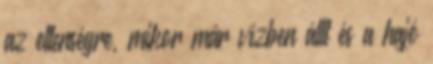
az ellenségre, mikor már vízben állt és a hajó